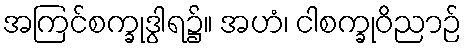
အကြင်စက္ခုဒွါရ၌။ အဟံ၊ ငါစက္ခုဝိညာဉ်